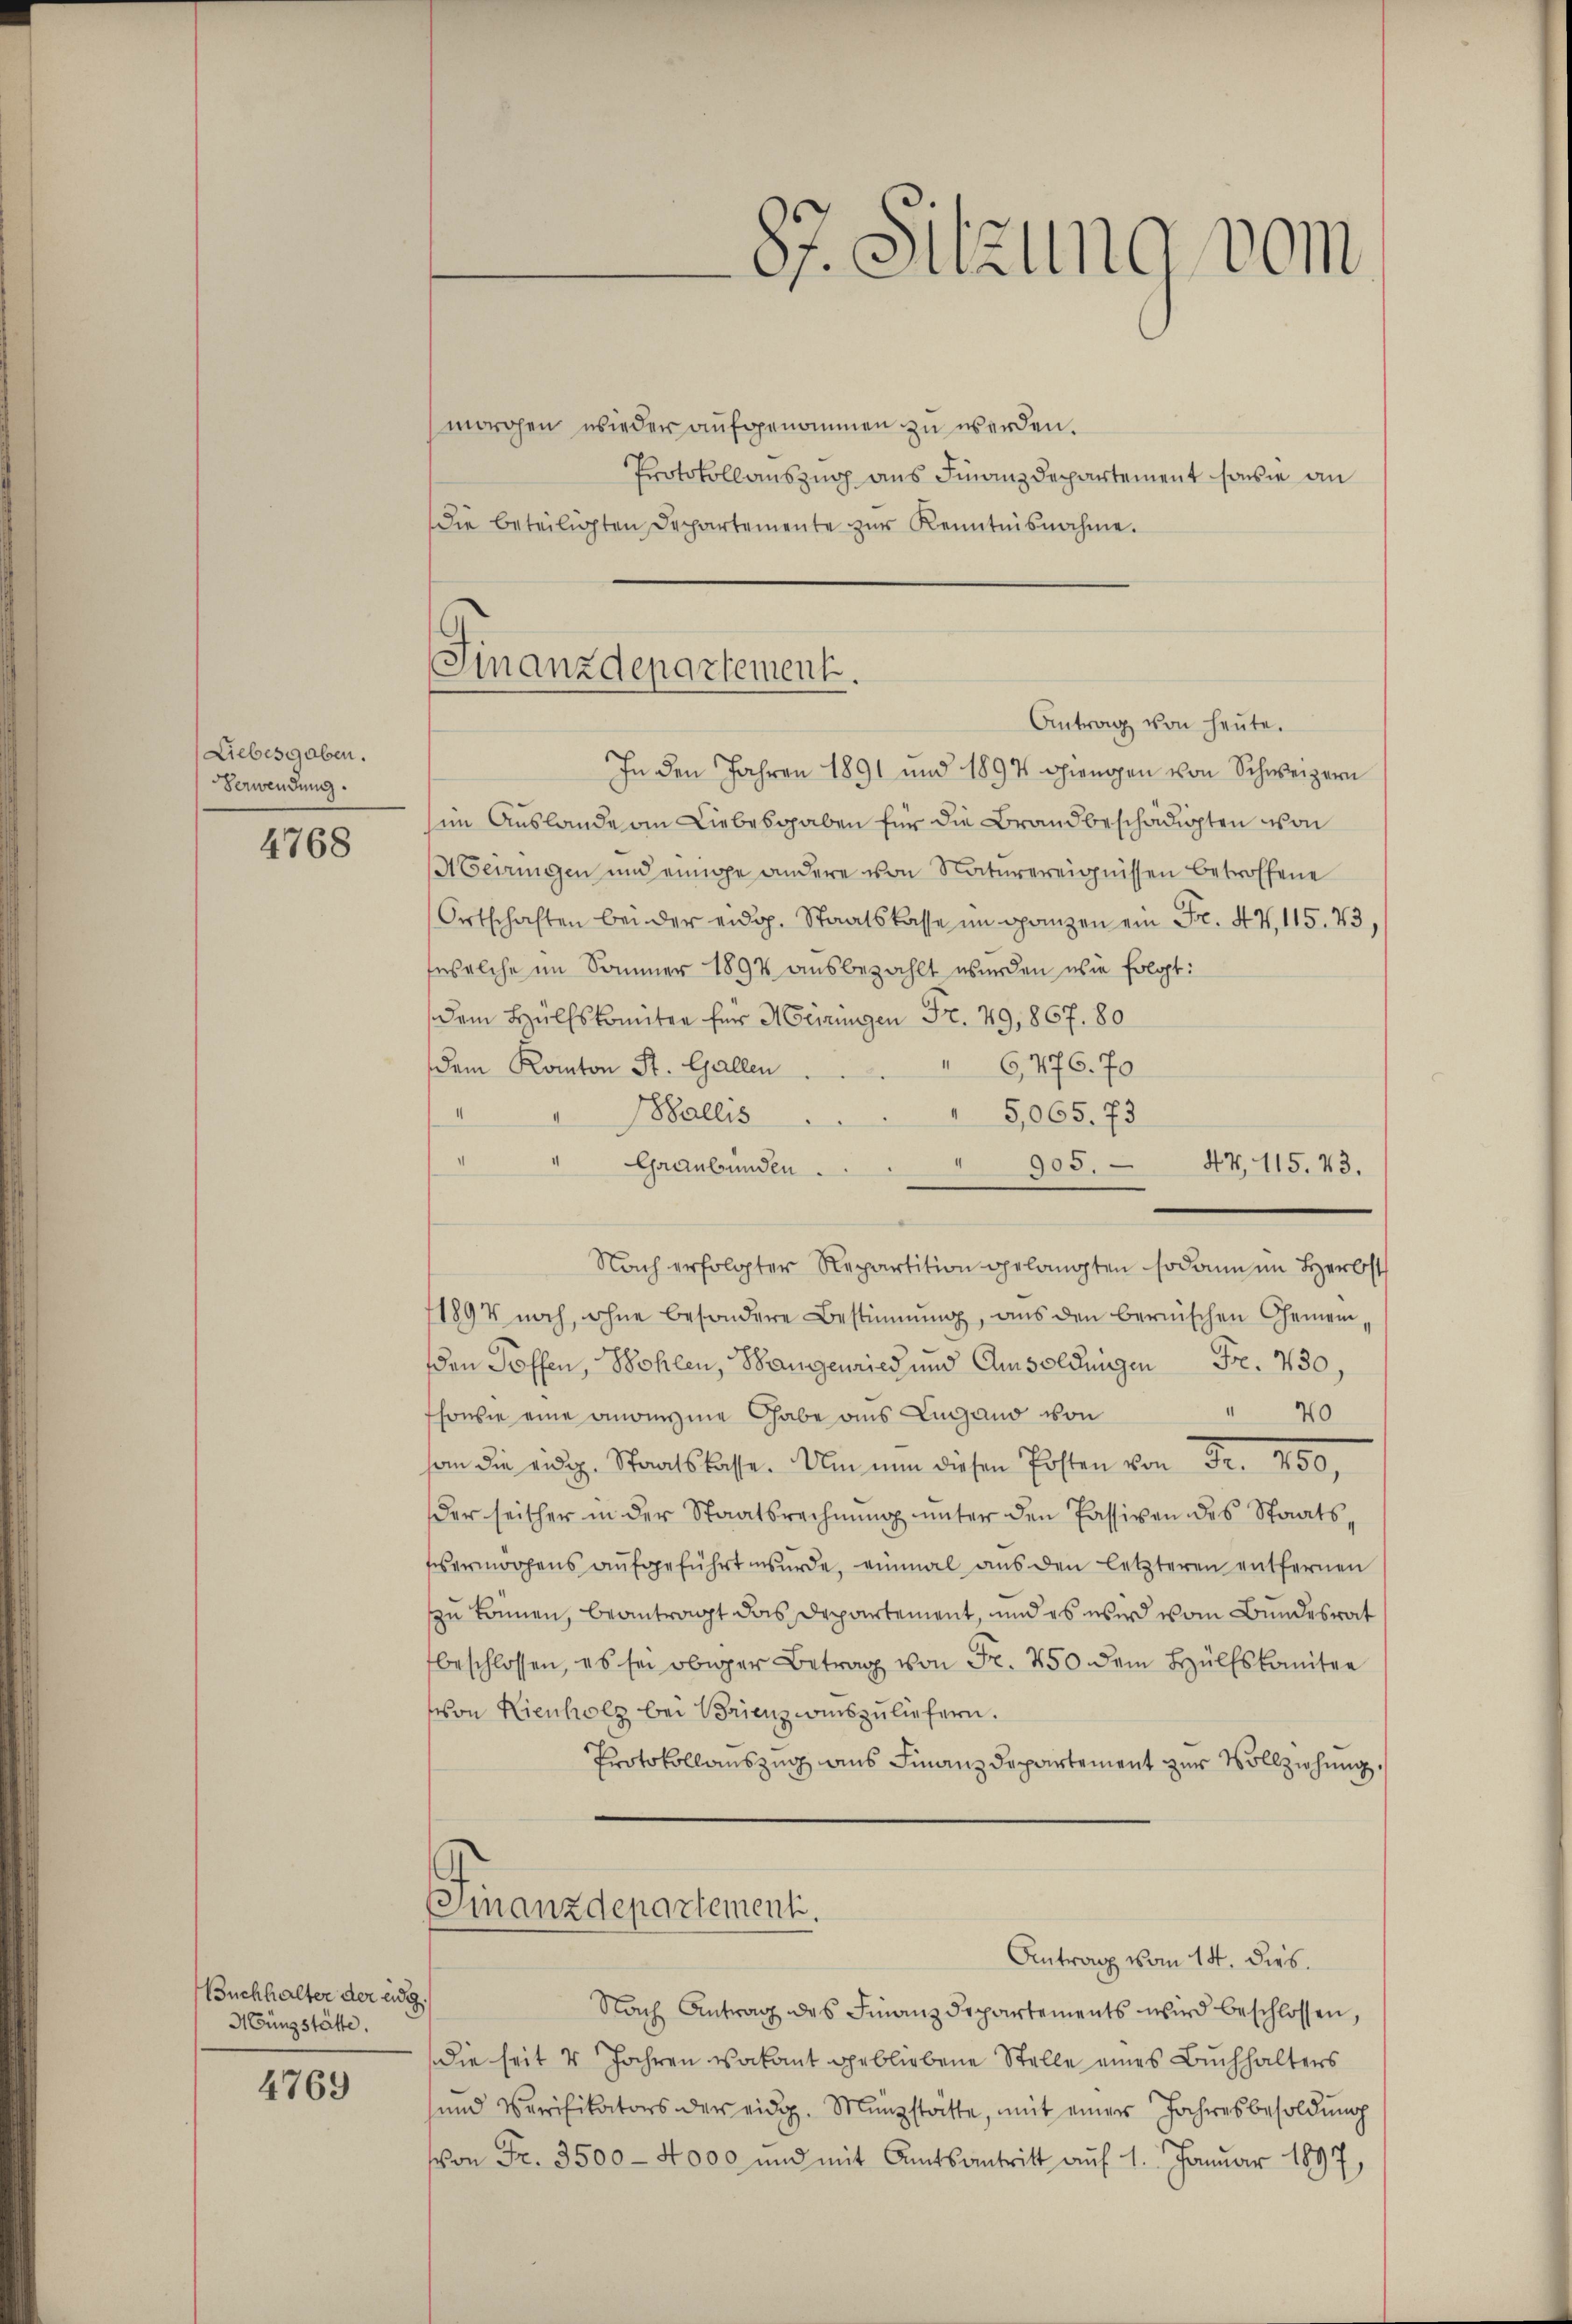
Liebesgaben.
Verwendung.

4768

Buchhalter der eidg.
Hüngstätte.

4769

morgen wieder aufgenommen zu werden.
Protokollauszug aus Finanzdepartement sowie an
die beteiligten Departemente zur Kenntnisnahme.
Antrag von heute.
In den Jahren 1891 und 1897 giengen von Schweizern
sin Auslande an Liebesgaben für die Brandbeschädigten von
Aerungen und einige andere von Naturereignissen betroffene
Ortschaften bei der eidg. Staatskasse im ganzen ein Fr. 47, 115. 73,
(welche im Sommer 1894 ausbezahlt werden, wie folgt:
dem Hülfskomiten für Meiringen Fr. 49,867. 80
" 6,476. 70
dem Kanton St. Gallen
Wallis
" 5,065. 73
I
" " Graubünden
905. 47, 115. 43.
Nach erfolgter Repartition gelangten sodann im Herbst
1894 noch, ohne besondere Bestimmung, aus den bernischen Gemein
den Toffen, Bohlen, Bangenried und Amsoldungen Fr. 430,
" 40
sowie eine anonyme Gabe aus Lugano von
Strasse des Post 450,
der seither in der Staatsrechnŭng unter den Passiven des Staatsvermögens aufgeführt wurde, einmal aus den letzteren entfernen
zu können, beantragt das Departement, und es wird vom Bundesrat
beschlossen, es sei obiger Betrag von Fr. 250 dem Hülfskomitee
von Kienholz bei Brienz auszuliefern.
Protokollauszug aus Finanzdepartement zur Vollziehung.
Finanzdepartement.
Antrag vom 14. dies.
Nach Antrag des Finanzdepartements wird beschlossen,
die seit 4 Jahren Vakant gebliebene Stelle eines Buchhalters
und Verifikators der eidg. Münzstätte, mit einer Jahresbesoldung
von Fr. 3500 - 4000 und mit Amtsantritt auf 1. Januar 1897

Finanzdepartement.

87. Sitzung vom